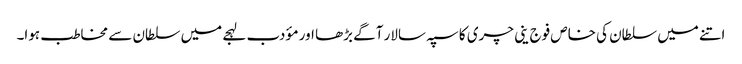
اتنے میں سلطان کی خاص فوج ینی چری کا سپہ سالار آگے بڑھا اور مؤدب لہجے میں سلطان سے مخاطب ہوا۔